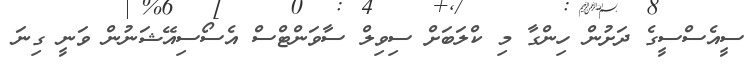
ސީއެސްސީގެ ދަށުން ހިންގާ މި ކްލަބަށް ސިވިލް ސާވަންޓްސް އެސޯސިއޭޝަނުން ވަނީ ގިނަ